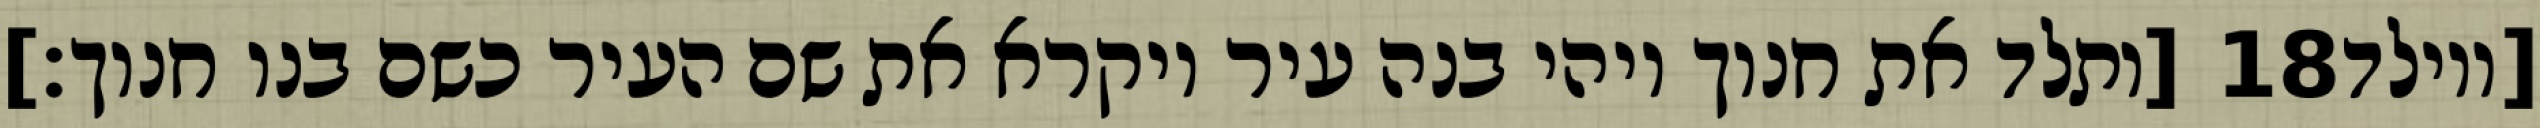
[ותלד את חנוך ויהי בנה עיר ויקרא את שם העיר כשם בנו חנוך׃] ‎18‏ [ויולד